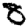
Digit: 8